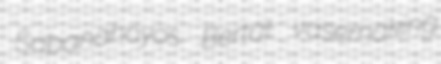
Sabanahoyos Bertat vasemaking